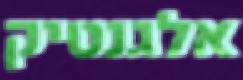
אלגנטיק